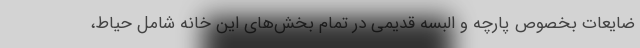
ضایعات بخصوص پارچه و البسه‌ قدیمی در تمام بخش‌های این خانه شامل حیاط،